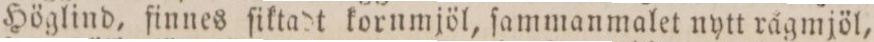
Höglind, finnes ſiktadt kornmjöl, ſammanmalet nytt rågmjöl,